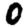
Digit: 0